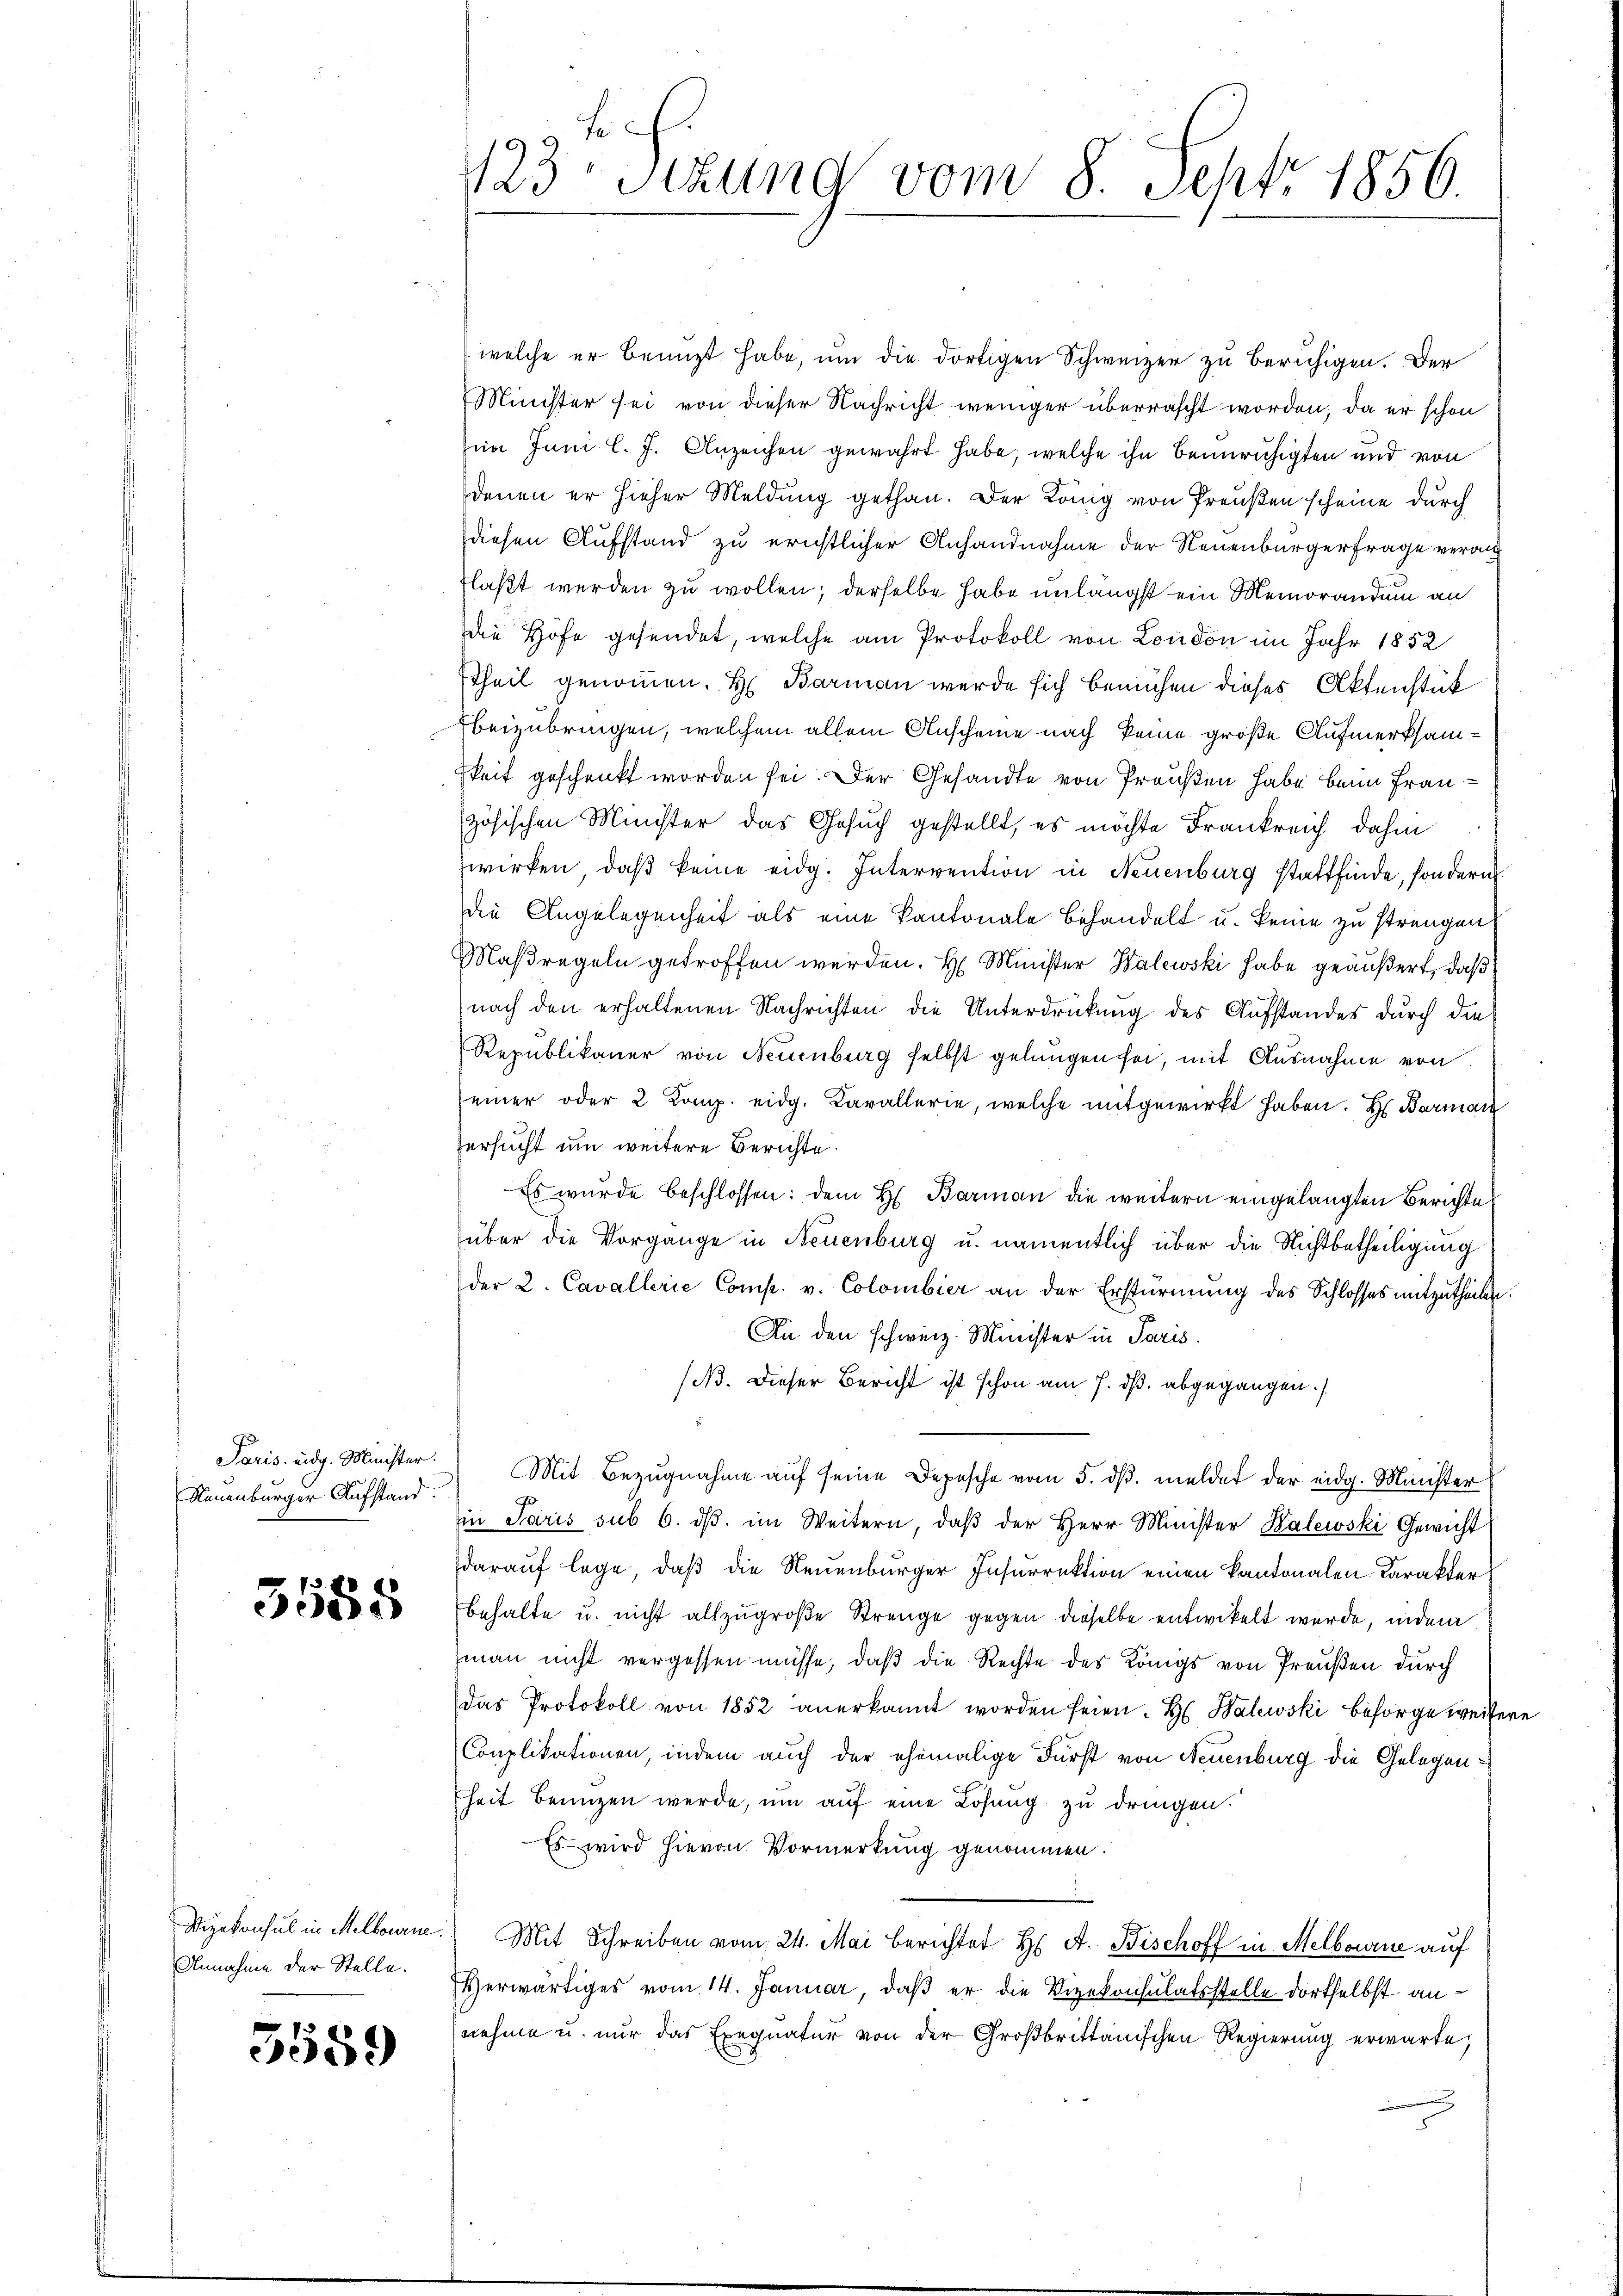
Neuenburger Aufstand.

3585

Annahme der Stelle.

3589

welche er benuzt habe, um die dortigen Schweizer zu beruhigen. Der
Minister sei von dieser Nachricht weniger überrascht worden, da er schon
in Juni l. J. Anzeichen gewahrt habe, welche ihn beunruhigten und von
denen er hieher Meldung gethan. Der König von Preußen scheine durch
diesen Aufstand zu ernstlicher Anhandnahme der Neuenburgerfrage veranflaßt werden zu wollen; derselbe habe unlängst ein Memorandum an
die Höfe gesendet, welche am Protokoll von London im Jahr 1852
Theil genommen. H. Barman werde sich bemühen dieses Aktenstück
Ebeizubringen, welchem allein Anscheine nach keine große Aufmerksamkeit geschenkt worden sei. Der Gesandte von Preußen habe beim Französischen Minister das Gesuch gestellt, es möchte Frankreich dahin
wirken, daß keine eidg. Intervention in Neuenburg stattfinde, sondern
die Angelegenheit als eine Kantonale Behandelt u. keine zu strengen,
Maßregeln getroffen werden. H. Minister Walewski habe geäußert, daß
nach den erhaltenen Nachrichten die Unterdrückung des Aufstandes durch die
Republikaner von Neuenburg selbst gelungen sei, mit Ausnahme von
einer oder 2 Komp. eidg. Kavallerie, welche mitgewirkt haben. Hs. Barmac
ersucht um weitere Berichte.
Es wurde beschlossen: dem H. Barman die weitern eingelangten Berichte
über die Vorgange in Neuenburg u. namentlich über die Nichtbetheiligung
der 2. Cavallerie Comp. v. Colombier an der Erstürmung des Schlosses mitzutheilen.
An den schweiz. Minister in Paris.
(B. Dieser Bericht ist schon am 7. dß. abgegangen.
Paris eidg. Minister Mit Bezŭgnahme aŭf seine Depesche vom 5. dβ. meldet der eidg. Minister
in Paris sub 6. dβ im Weitern, daβ der Herr Minister Kalewski Gewicht
darauf lege, daß die Neuenburger Insurrektion einen Kantonalen Karakter
behalte u. nicht allzugroße Strenge gegen dieselbe entwickelt wurde, indem
man nicht vergessen müsse, daβ die Rechte des Königs von Preußen durch
das Protokoll von 1852 anerkannt worden seien. H. Balewski besorge weitere
Conplikationen, indem auch der ehemalige Fürst von Neuenburg die Gelegenheit benuzen werde, um auf eine Lösung zu dringen.
Es wird hievon Vormerkung genommen.
Vizekonsul in Melborn. Mit Schreiben vom 24. Mai berichtet H. A. Bischoff in Melbourne auf
Herwärtiges vom 14. Januar, daß er die Vizekonsulatsstelle dortselbst annehme u. nur das Exequatur von der Großbrittanischen Regierung erwarte,

f
123 Stzung vom 8. Sept. 1856.